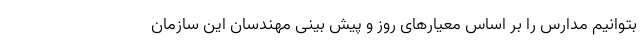
بتوانیم مدارس را بر اساس معیارهای روز و پیش بینی مهندسان این سازمان